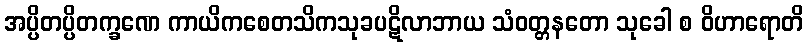
အပ္ပိတပ္ပိတက္ခဏေ ကာယိကစေတသိကသုခပဋိလာဘာယ သံဝတ္တနတော သုခေါ စ ဝိဟာရောတိ